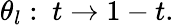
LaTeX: \theta_{l}:\ t\rightarrow 1-t.